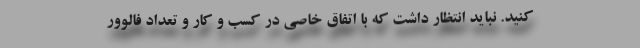
کنید. نباید انتظار داشت که با اتفاق خاصی در کسب و کار و تعداد فالوور